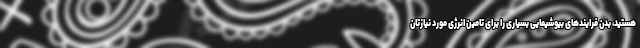
هستید، بدن فرایندهای بیوشیمایی بسیاری را برای تامین انرژی مورد نیازتان